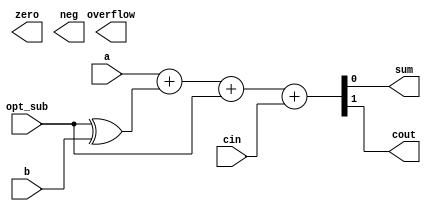
module oh_add #(parameter DW = 1 // data width
		)
   (
    input [DW-1:0]  a, //first operand
    input [DW-1:0]  b, //second operand
    input 	    opt_sub, //subtraction option
    input 	    cin, //carry in
    output [DW-1:0] sum, //sum output
    output 	    cout, //carry output
    output 	    zero, //zero flag
    output 	    neg, //negative flag
    output 	    overflow //overflow flag
    );
   
   wire [DW-1:0]   b_sub;
   
   assign b_sub[DW-1:0] =  {(DW){opt_sub}} ^ b[DW-1:0];

   assign {cout,sum[DW-1:0]}  = a[DW-1:0]     + 
                                b_sub[DW-1:0] + 
                                opt_sub       +
                                cin;
endmodule